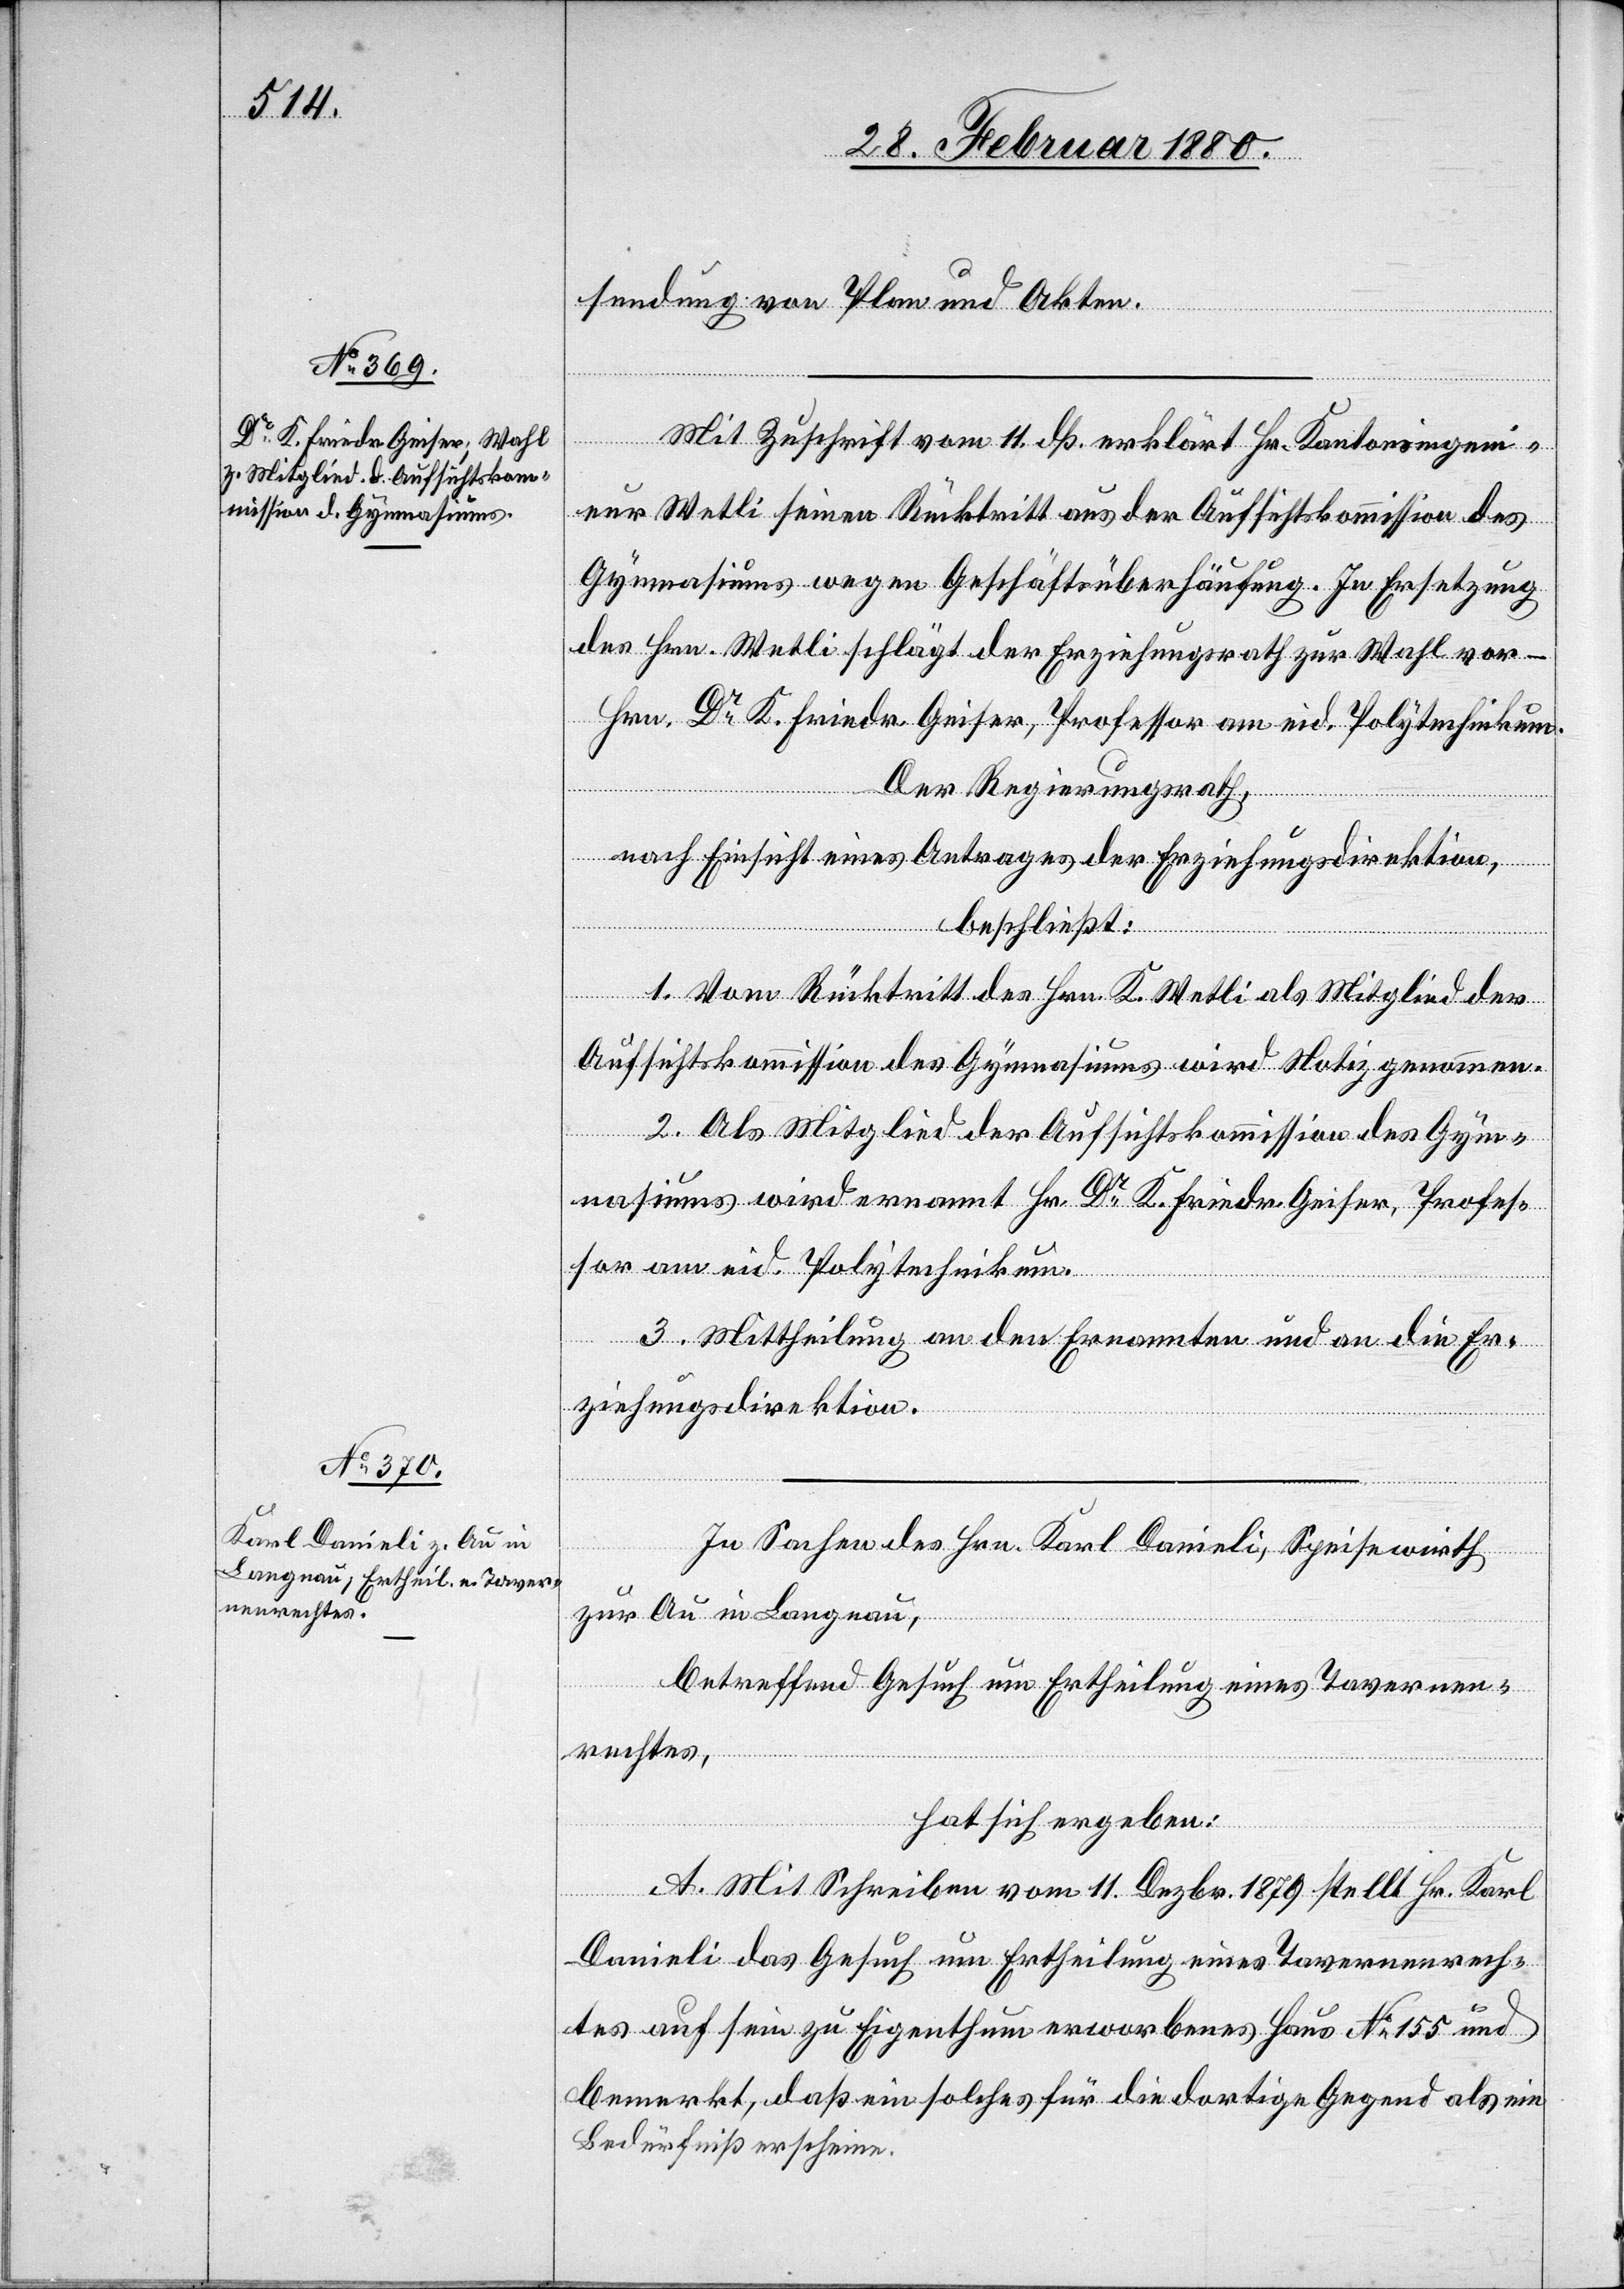
sendung von Plan und Akten.
Mit Zuschrift vom 11. dß. erklärt Hr. Kantonsingeni¬
eur Wetli seinen Rücktritt aus der Aufsichtskommission des
Gymnasiums wegen Geschäftsüberhäufung. In Ersetzung
des Hrn. Wetli schlägt der Erziehungsrath zur Wahl vor –
Hrn. Dr K. Friedr. Geiser, Professor am eid. Polytechnikum.
Der Regierungsrath,
nach Einsicht eines Antrages der Erziehungsdirektion,
beschließt:
1. Vom Rücktritt des Hrn. K. Wetli als Mitglied der
Aufsichtskommission des Gymnasiums wird Notiz genommen.
2. Als Mitglied der Aufsichtskommission des Gym¬
nasiums wird ernannt Hr. Dr K. Friedr. Geiser, Profes¬
sor am eid. Polytechnikum.
3. Mittheilung an den Ernannten und an die Er¬
ziehungsdirektion.
In Sachen des Hrn. Karl Domieli, Speisewirth
zur Au in Langnau,
betreffend Gesuch um Ertheilung eines Tavernen¬
rechtes,
hat sich ergeben:
A. Mit Schreiben vom 11. Dezbr. 1879 stellt Hr. Karl
Danieli das Gesuch um Ertheilung eines Tavernenrech¬
tes auf sein zu Eigenthum erworbenes Haus No 155 und
bemerkt, daß ein solches für die dortige Gegend als ein
Bedürfniß erscheine.